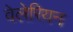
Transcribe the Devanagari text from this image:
वेलेरियन